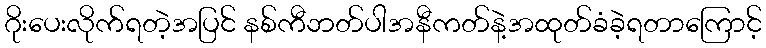
ဂိုးပေးလိုက်ရတဲ့အပြင် နစ်ကီဘတ်ပါအနီကတ်နဲ့အထုတ်ခံခဲ့ရတာကြောင့်